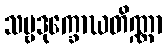
သဗ္ဗဒုက္ခောဃတိဏ္ဏာ